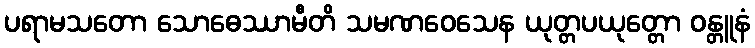
ပရာမသတော သောဓေဿာမီတိ သမဏဝေသေန ယုတ္တပယုတ္တော ဝန္တူနံ